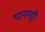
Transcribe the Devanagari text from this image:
पानपट्टी